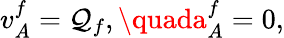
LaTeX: v_{A}^{f}=\mathcal{Q}_{f},\quada_{A}^{f}=0,